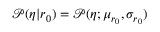
\begin{array} { r } { \mathcal { P } ( \eta | \boldsymbol { r } _ { 0 } ) = \mathcal { P } ( \eta ; \mu _ { r _ { 0 } } , \sigma _ { r _ { 0 } } ) } \end{array}